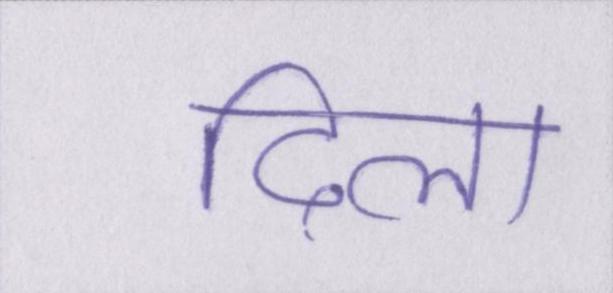
दिला